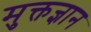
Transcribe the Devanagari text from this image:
मुक्तज्ञान